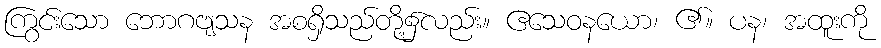
ကြွင်းသော ဘောဂဗျသန အစရှိသည်တို့၌လည်း။ ဧသေဝနယော၊ ၏။ ပန၊ အထူးကို